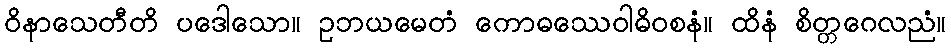
ဝိနာသေတီတိ ပဒေါသော။ ဥဘယမေတံ ကောဓဿေဝါဓိဝစနံ။ ထိနံ စိတ္တဂေလညံ။